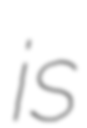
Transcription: is